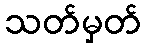
သတ်မှတ်